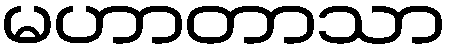
မဟာတာသာ